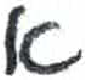
אות: א